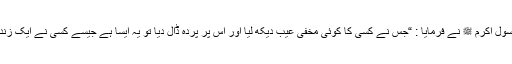
عیب چھپانے کا اجر اللہ کے ہاں کسقدر ہے ، رسول اکرم ﷺ نے فرمایا : “جس نے کسی کا کوئی مخفی عیب دیکھ لیا اور اس پر پردہ ڈال دیا تو یہ ایسا ہے جیسے کسی نے ایک زندہ گاڑی ہوئی بچی کو موت سے بچالیا ( ابو داؤد۔